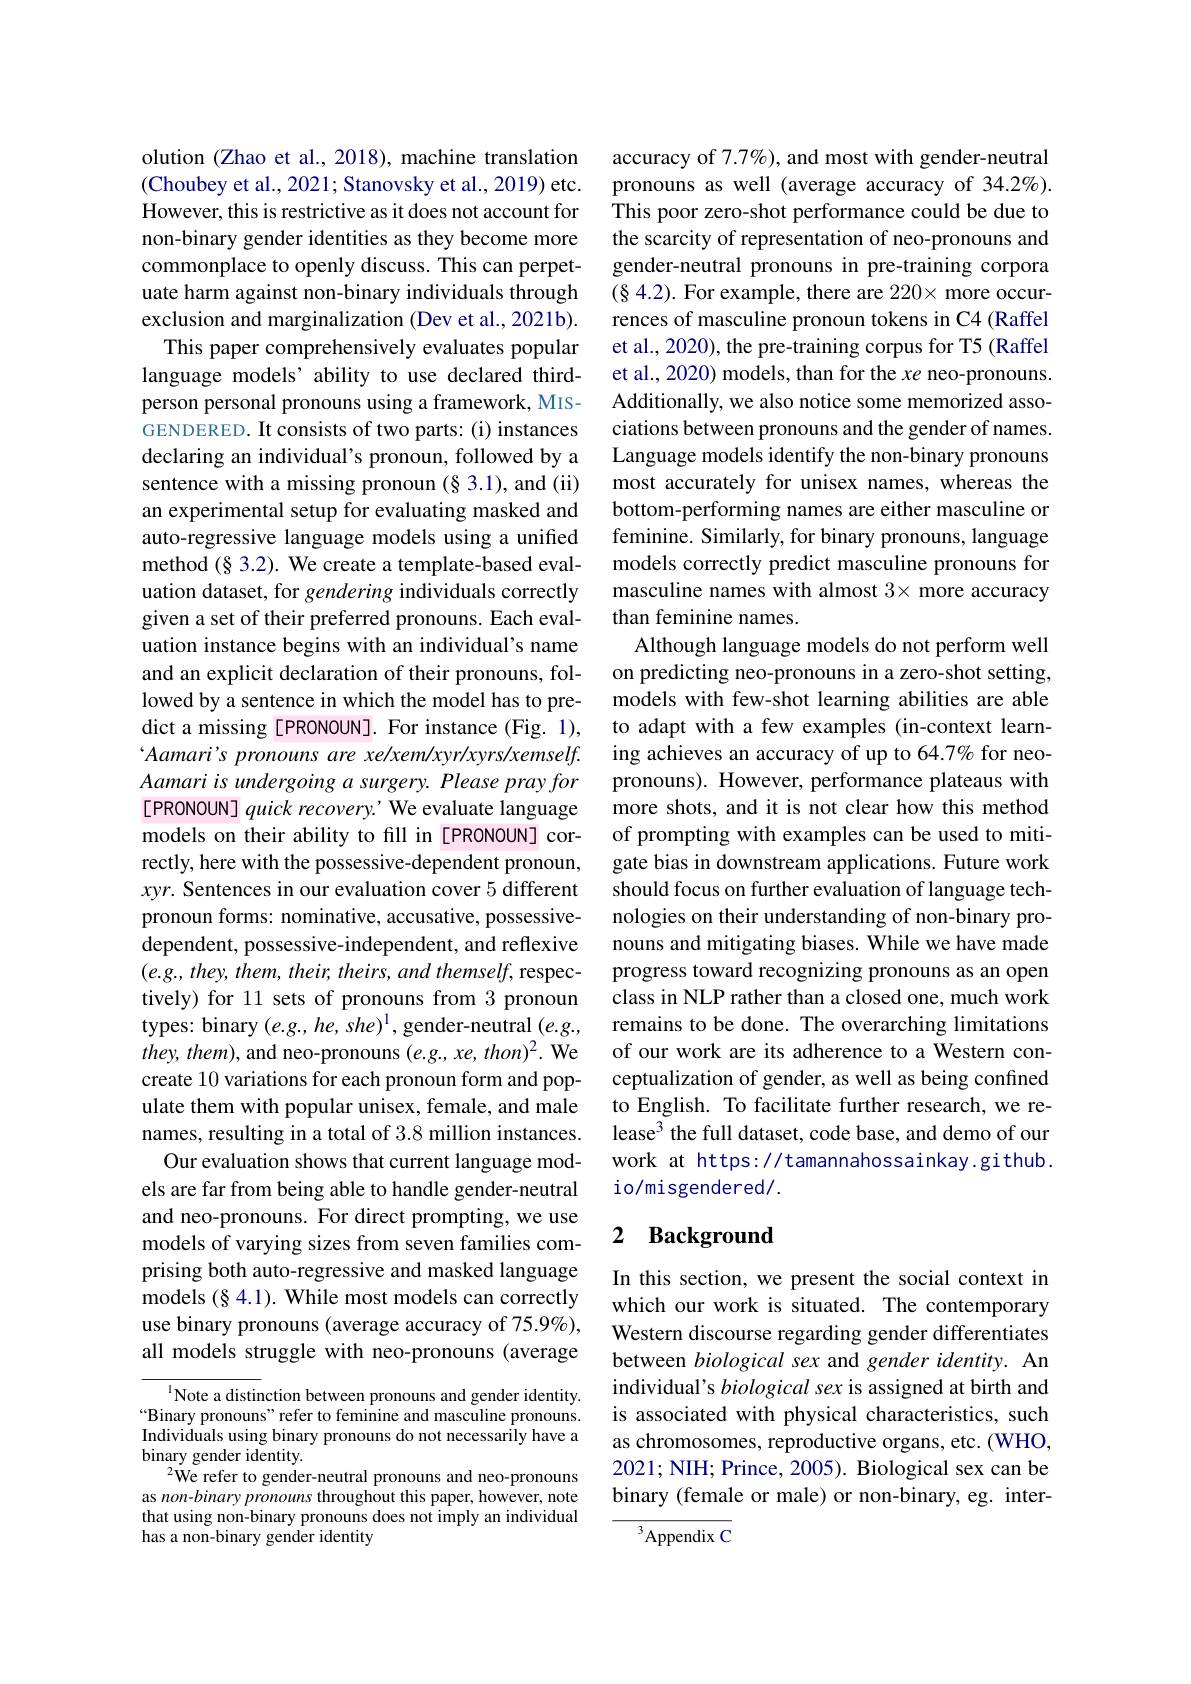
olution (Zhao et al., 2018), machine translation (Choubey et al., 2021; Stanovsky et al., 2019) etc. However, this is restrictive as it does not account for non-binary gender identities as they become more commonplace to openly discuss. This can perpetuate harm against non-binary individuals through exclusion and marginalization (Dev et al., 2021b). This paper comprehensively evaluates popular
language models’ ability to use declared thirdperson personal pronouns using a framework, MISGENDERED. It consists of two parts: (i) instances declaring an individual's pronoun, followed by a sentence with a missing pronoun (§ 3.1), and (ii) an experimental setup for evaluating masked and auto-regressive language models using a unified method $(\S$ 3.2). We create a template-based evaluation dataset, for gendering individuals correctly given a set of their preferred pronouns. Each evaluation instance begins with an individual's name and an explicit declaration of their pronouns, followed by a sentence in which the model has to predict a missing [PRONOUN]. For instance (Fig. 1), $`Aamari's$ pronouns are xe/xem/xyr/xyrs/xemself. Aamari is undergoing a surgery. Please pray for [PRONOUN] quick recovery.' We evaluate language models on their ability to fill in[PRONOUN] correctly, here with the possessive-dependent pronoun, xyr. Sentences in our evaluation cover 5 different pronoun forms: nominative, accusative, possessivedependent, possessive-independent, and reflexive $(e.g.,they,them,their,theirs,andthemself$, respectively) for 11 sets of pronouns from 3 pronoun types: binary $(e.g.,he,she)^1$, gender-neutral $(e.g.$, $they,them)$, and neo-pronouns $(e.g.,xe,thon)^2.$ We create 10 variations for each pronoun form and populate them with popular unisex, female, and male names, resulting in a total of 3.8 million instances.
Our evaluation shows that current language models are far from being able to handle gender-neutral and neo-pronouns. For direct prompting, we use models of varying sizes from seven families comprising both auto-regressive and masked language models $(\S4.1).$ While most models can correctly use binary pronouns (average accuracy of 75.9%), all models struggle with neo-pronouns (average
$^{1}$Note a distinction between pronouns and gender identity.

$“$Binary pronouns" refer to feminine and masculine pronouns. Individuals using binary pronouns do not necessarily have a binary gender identity.
$^{2}$We refer to gender-neutral pronouns and neo-pronouns as non-binary pronouns throughout this paper, however, note that using non-binary pronouns does not imply an individual has a non-binary gender identity

accuracy of 7.7%), and most with gender-neutral pronouns as well (average accuracy of 34.2%). This poor zero-shot performance could be due to the scarcity of representation of neo-pronouns and gender-neutral pronouns in pre-training corpora (84.2). For example, there are $220\times$ more occurrences of masculine pronoun tokens in C4 (Raffel et al., 2020), the pre-training corpus for T5 (Raffel et al., 2020) models, than for the xe neo-pronouns. Additionally, we also notice some memorized associations between pronouns and the gender of names. Language models identify the non-binary pronouns most accurately for unisex names, whereas the bottom-performing names are either masculine or feminine. Similarly, for binary pronouns, language models correctly predict masculine pronouns for masculine names with almost 3× more accuracy than feminine names.
Although language models do not perform well on predicting neo-pronouns in a zero-shot setting, models with few-shot learning abilities are able to adapt with a few examples (in-context learning achieves an accuracy of up to 64.7% for neopronouns). However, performance plateaus with more shots, and it is not clear how this method of prompting with examples can be used to mitigate bias in downstream applications. Future work should focus on further evaluation of language technologies on their understanding of non-binary pronouns and mitigating biases. While we have made progress toward recognizing pronouns as an open class in NLP rather than a closed one, much work remains to be done. The overarching limitations of our work are its adherence to a Western conceptualization of gender, as well as being confined to English. To facilitate further research, we release$^3$ the full dataset, code base, and demo of our work at https://tamannahossainkay.github. io/misgendered/.

## 2 Background

In this section, we present the social context in which our work is situated. The contemporary Western discourse regarding gender differentiates between biological sex and gender identity. An individual's biological sex is assigned at birth and is associated with physical characteristics, such as chromosomes, reproductive organs, etc. (WHO, 2021; NIH; Prince, 2005). Biological sex can be binary (female or male) or non-binary, eg. inter-

$^{3}$Appendix C